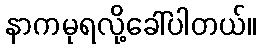
နာကမုရလို့ခေါ်ပါတယ်။